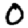
Digit: 0